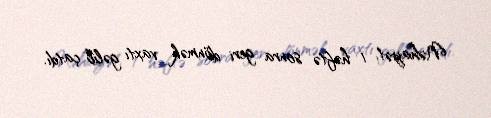
Nəhayət, 1 həftə sonra geri dönmək vaxtı gəlib çatdı.